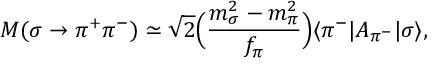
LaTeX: M ( \sigma \rightarrow \pi ^ { + } \pi ^ { - } ) \simeq \sqrt { 2 } \Bigl ( { \frac { m _ { \sigma } ^ { 2 } - m _ { \pi } ^ { 2 } } { f _ { \pi } } } \Bigr ) \langle { \pi ^ { - } | A _ { \pi ^ { - } } | \sigma } \rangle ,